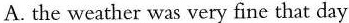
A.the weather was very fine that day